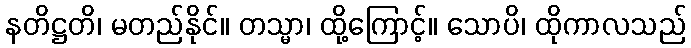
နတိဋ္ဌတိ၊ မတည်နိုင်။ တသ္မာ၊ ထို့ကြောင့်။ သောပိ၊ ထိုကာလသည်